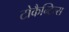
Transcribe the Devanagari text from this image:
टोकैन्टिन्स